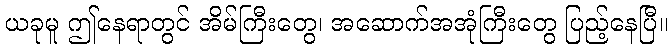
ယခုမူ ဤနေရာတွင် အိမ်ကြီးတွေ၊ အဆောက်အအုံကြီးတွေ ပြည့်နေပြီ။